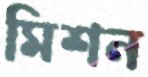
মিশন